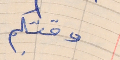
وقتكم